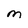
Character: M